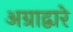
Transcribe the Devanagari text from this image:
अग्राद्वारे